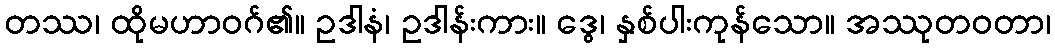
တဿ၊ ထိုမဟာဝဂ်၏။ ဥဒါနံ၊ ဥဒါန်းကား။ ဒွေ၊ နှစ်ပါးကုန်သော။ အဿုတဝတာ၊